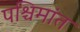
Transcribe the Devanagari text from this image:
पश्चिमांत